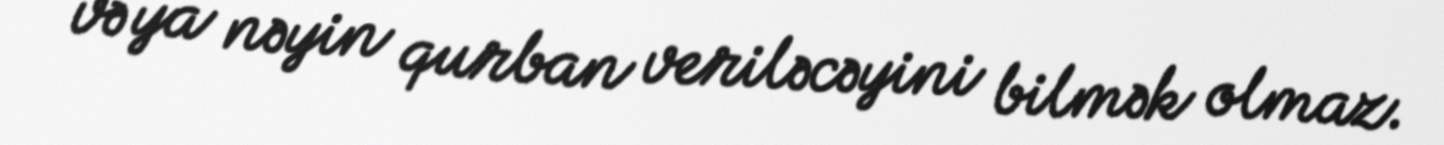
və ya nəyin qurban veriləcəyini bilmək olmaz.